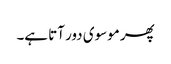
پھر موسوی دور آتا ہے۔